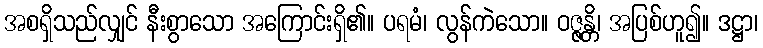
အစရှိသည်လျှင် နီးစွာသော အကြောင်းရှိ၏။ ပရမံ၊ လွန်ကဲသော။ ဝဇ္ဇန္တိ၊ အပြစ်ဟူ၍။ ဒဋ္ဌာ၊